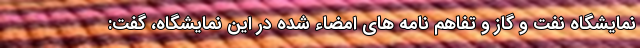
نمایشگاه نفت و گاز و تفاهم نامه های امضاء شده در این نمایشگاه، گفت: